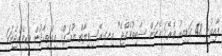
ފާއިތުވި 48 ގަޑިއިރު ތެރޭގަ އެކަން ސާބިތުވެއްޖެ" އިނގިރޭސިވިލާތް ޔޫރަޕްގެ އިއްތިހާދުން ވަކިވެއްޖެނަމަ